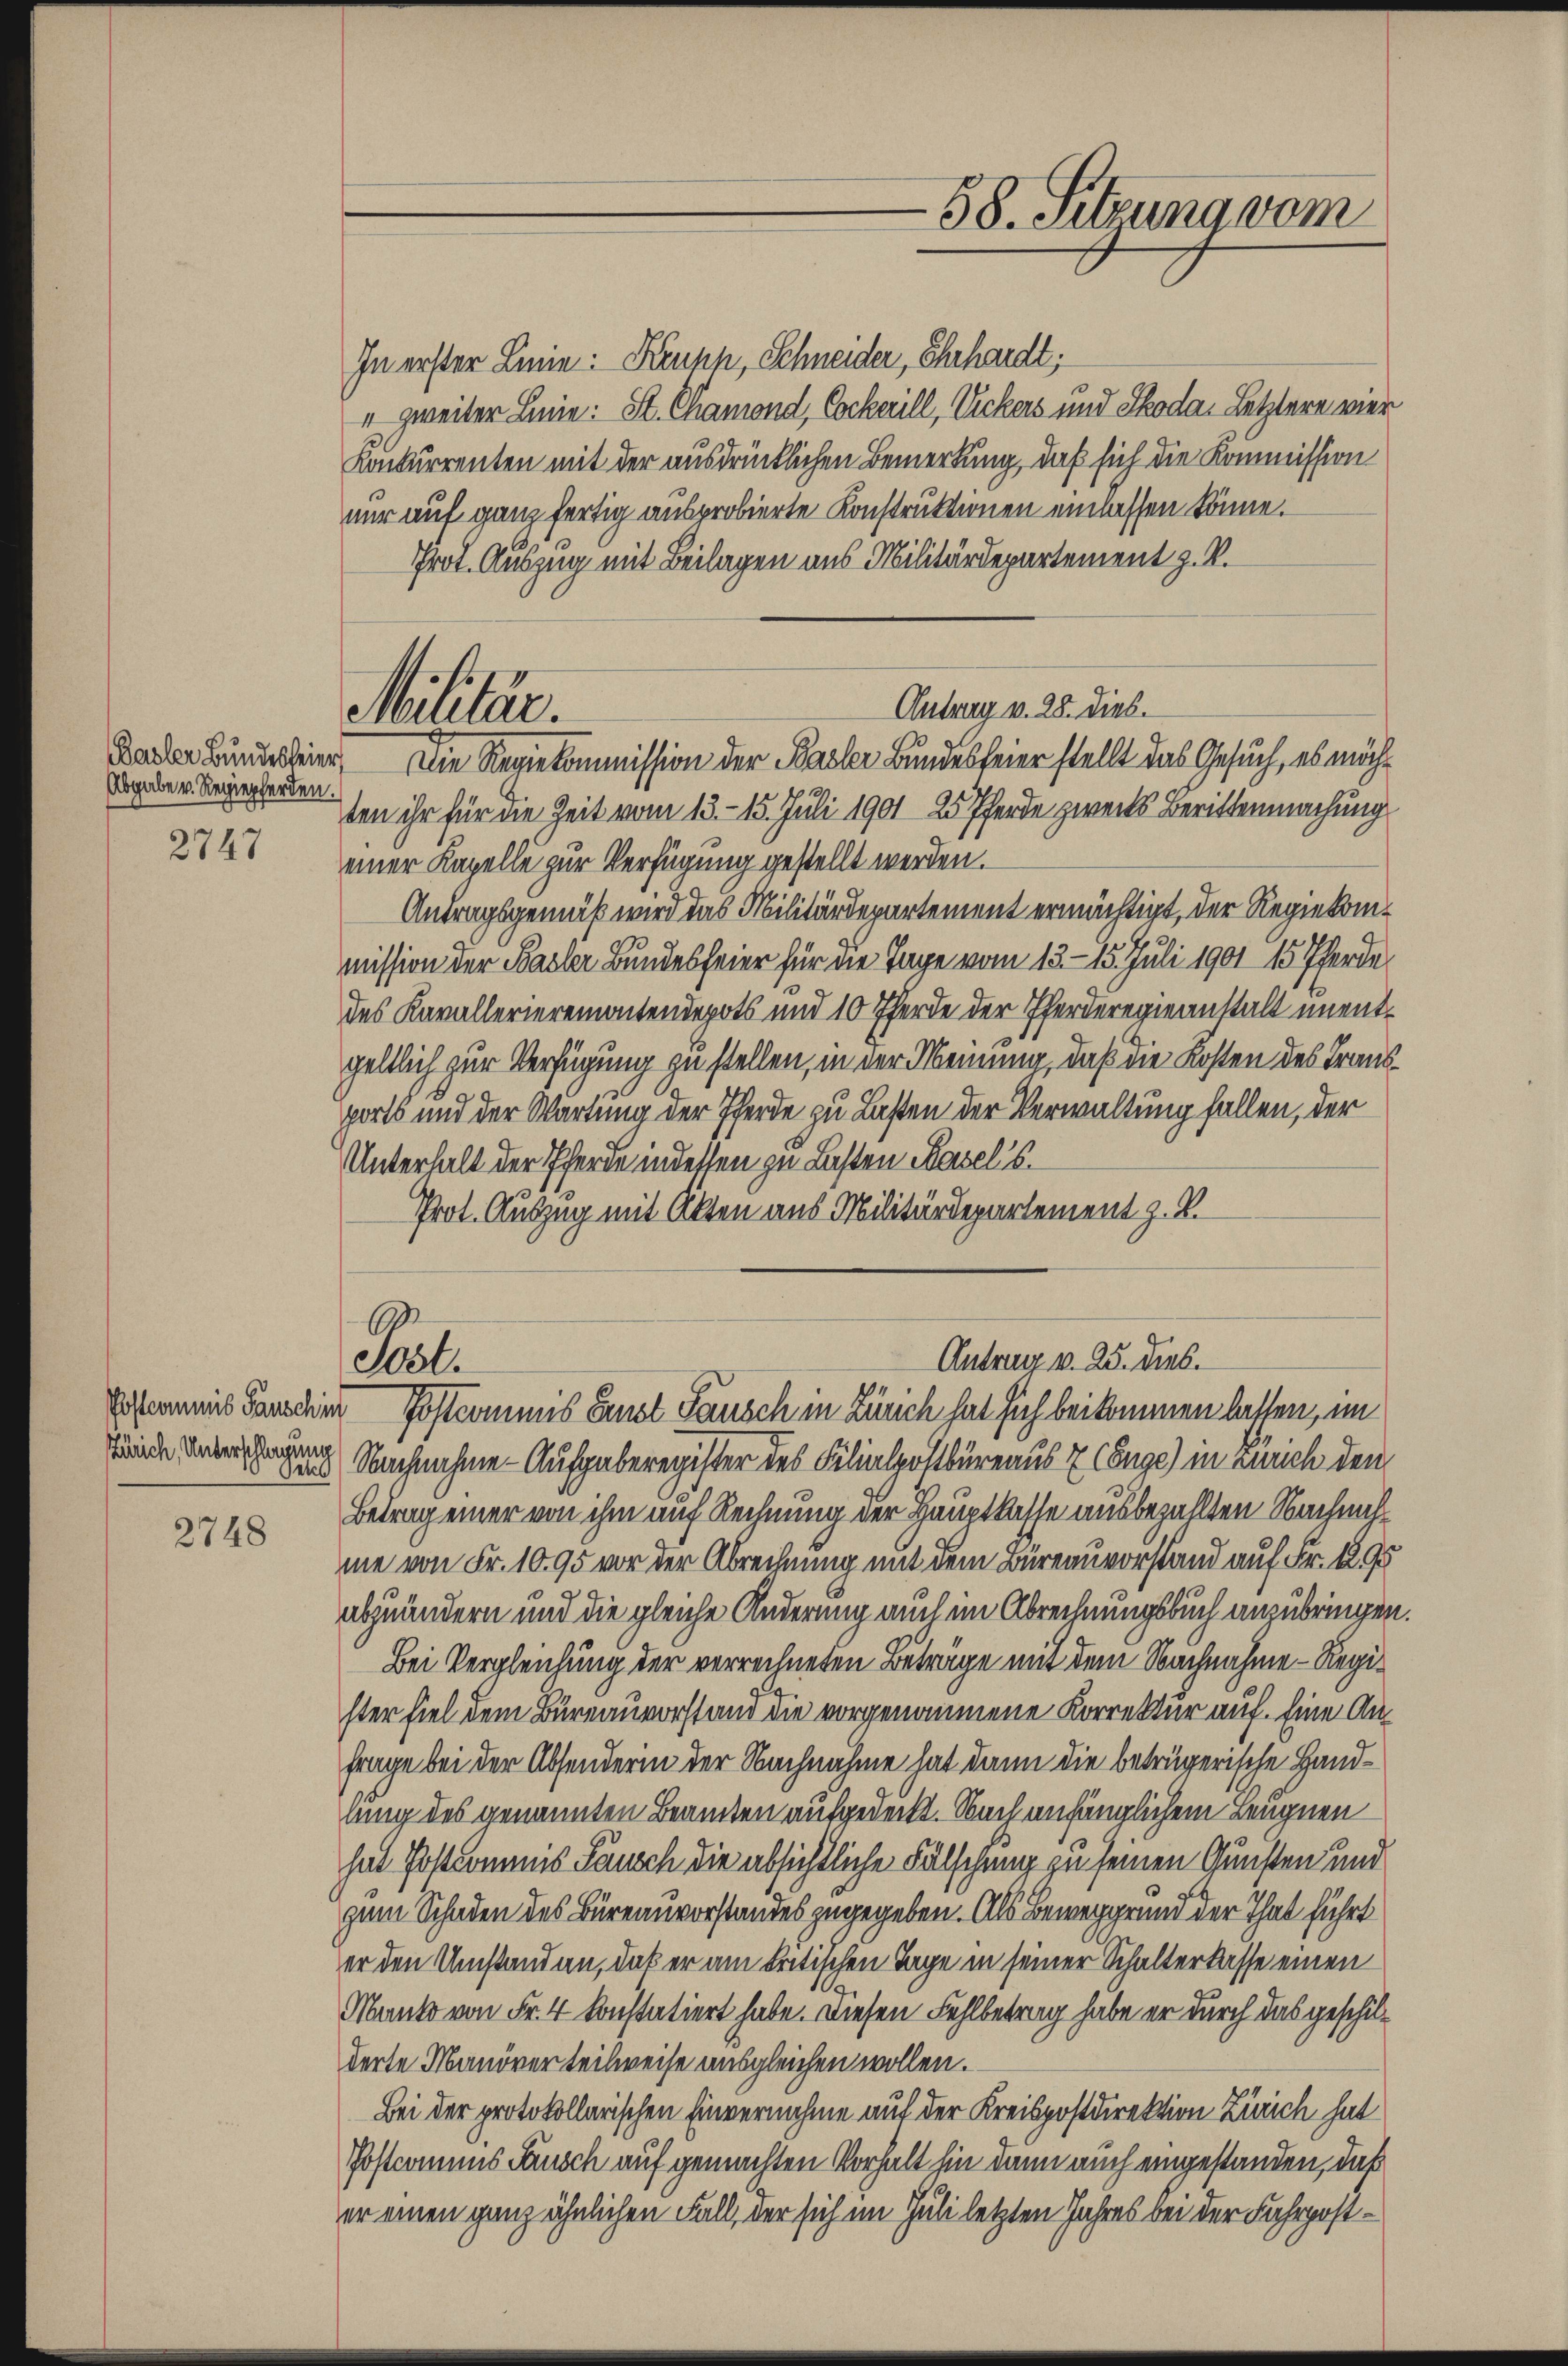
Abgabe v. Regiepferden.

2747

Zürich, Unterschlagung

2748

In erster Linie: Kruph, Schneider, Ehrhardt,
" zweiter Linie: St. Chamond, Cockerill, Vickers und Skoda Letztere vier
Konkurrenten mit der ausdrücklichen Bemerkung, daß sich die Kommission
nur auf ganz fertig ausprobierte Konstruktionen einlassen könne.
Prot. Auszug mit Beilagen aus Militärdepartement z. B.
Karter Bunderteier. Die Reviekommission der Basler Bundesfeier stellt das Gesuch, es möchten ihr für die Zeit vom 13. - 15. Juli 1901 25 Pferde zweits Berittenmachung
einer Kapelle zur Verfügung gestellt werden.
Antragsgemäß wird das Militärdepartement ermächtigt, der Regiekommission der Basler Bundesfeier für die Tage vom 13. 15. Juli 1901 15 Pferde
des Kavallerieremontendepots und 10 Pferde der Pferderegieanstalt unentgeltlich zur Verfügung zu stellen, in der Meinung, daß die Kosten des Transports und der Wartung der Pferde zu Lasten der Verwaltung fallen, der
Unterhalt der Pferde in dessen zu Lasten Basel s.
Prot. Auszug mit Akten aus Militärdepartement z. B.

Militär.

Poli

Antrag v. 28. dies.

58. Sitzung vom

Antrag v. 25. dies.
Ersomit Pauschen Postcommis Lust Pausch in Zürich hat sich beikommen lassen, im

Sind Nachnahme - Aufgaberegister des Filialpostbüreaus 7 (Enge) in Zürich den
Betrag einer von ihm auf Rechnung der Hauptkasse ausbezahlten Nachnahme von Fr. 1095 vor der Abrechnung mit dem Büreauvorstand auf Fr. 1295
abzuändern und die gleiche Änderung auch im Abrechnungsbuch anzubringen.
Bei Vergleichung der verrechneten Beträge mit dem Nachnahme - Register fiel dem Büreauvorstand die vorgenommene Korrektur auf. Eine An¬
Frage bei der Absenderin der Nachnahme hat dann die beträgerische Handlung des genannten Beamten aufgedeckt. Nach anfänglichem Leugnen
hat Postkommnis Pausch die absichtliche Fälschung zu seinen Gunsten und
zum Schaden des Büreauvorstandes zugegeben. Als Beweggrund der That führt
er den Umstand an, daß er am kritischen Tage in seiner Schalterkasse einen
Mante von Fr. 4 konstatiert habe. Diesen Fehlbetrag habe er durch das geschilderte Manöver teilweise ausgleichen wollen.
Bei der protokollarischen Einvernahme auf der Kreispostdirektion Zürich hat
Postamens Tausch auf gemachten Vorhalt hin dann auch eingestanden, daß
er einen ganz ähnlichen Fall, der sich im Juli letzten Jahres bei der Fahrpost¬